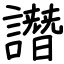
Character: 譖